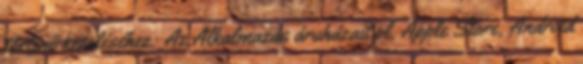
történő kezeléséhez: Az Alkalmazás áruházait pl. Apple Store, Android